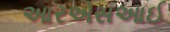
આરએસઆઈ